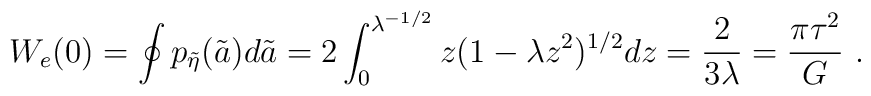
W_e(0)= \oint p_{\tilde\eta}( \tilde a) d\tilde a=2\int_0^{\lambda^{-1/2}} z ( 1-\lambda  z^2)^{1/2} d  z= {2\over3\lambda}= {\pi \tau^2\over G}\ .